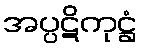
အပ္ပဋိကုဋ္ဌံ